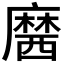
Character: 𪎢